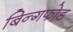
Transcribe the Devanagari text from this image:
बिन्गफोड